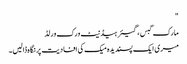
"
مارک گبس ، گیئر ہیڈنیٹ ورک ورلڈ
میری ایک پسندیدہ میک کی افادیت پر نگاہ ڈالیں۔